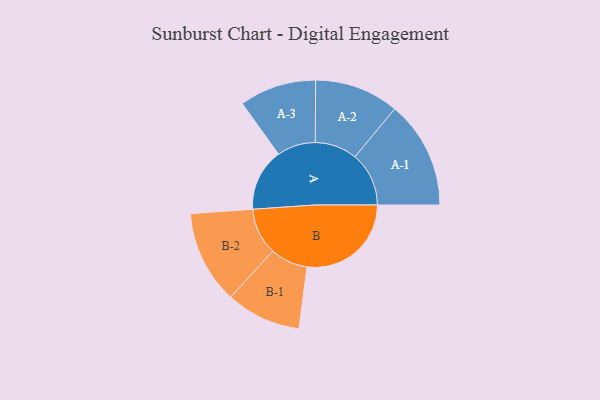
{"axis": {"x": "Segment", "y": "Value"}, "legend": ["", "A", "B"], "data": [{"x": "A", "y": 206, "type": ""}, {"x": "B", "y": 344, "type": ""}, {"x": "A-1", "y": 178, "type": "A"}, {"x": "A-2", "y": 139, "type": "A"}, {"x": "A-3", "y": 127, "type": "A"}, {"x": "B-1", "y": 124, "type": "B"}, {"x": "B-2", "y": 154, "type": "B"}]}